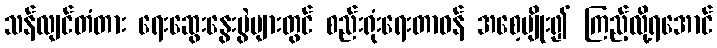
သန်လျင်တံတား ရေးဆွေးနွေးပွဲများတွင် စည်းရုံးရေးတာဝန် အစေ့ပျိုး၍ ကြည့်လို့ရအောင်